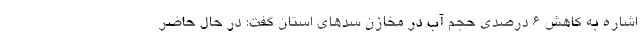
اشاره به کاهش ۶ درصدی حجم آب در مخازن سدهای استان گفت: در حال حاضر